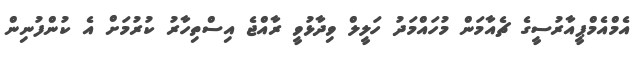
އެމްއެމްޕީއާރުސީގެ ޗެއާމަން މުހައްމަދު ހަލީލް ވިދާޅުވީ ރާއްޖެ އިސްތިހާރު ކުރުމަށް އެ ކުންފުނިން